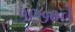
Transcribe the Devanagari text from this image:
१९७०चे